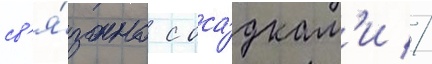
св'я́зано с оса́дкам'и //